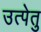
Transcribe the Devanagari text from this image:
उत्पेतु